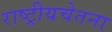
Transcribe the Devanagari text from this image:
राष्ट्रीयचेतना